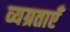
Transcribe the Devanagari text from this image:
व्यग्रताएँ